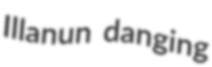
Illanun danging